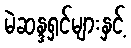
မဲဆန္ဒရှင်များနှင့်